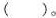
()。